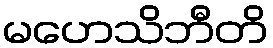
မဟေသိဘီတိ